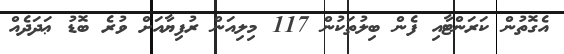
އެގޮތުން ކަރަންޓާއި ފެން ބިލުތަކުން 117 މިލިއަން ރުފިޔާއަށް ވުރެ ބޮޑު ޢަދަދެއް